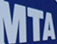
MTA